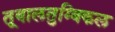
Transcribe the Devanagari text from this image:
तूवालतुम्बिकल